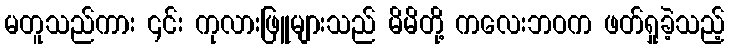
မတူသည်ကား ၎င်း ကုလားဖြူများသည် မိမိတို့ ကလေးဘဝက ဖတ်ရှုခဲ့သည့်